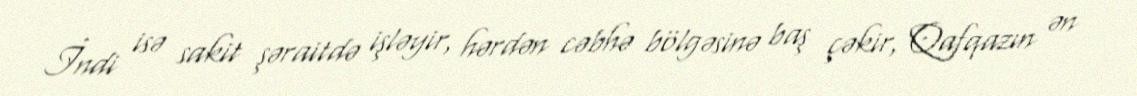
İndi isə sakit şəraitdə işləyir, hərdən cəbhə bölgəsinə baş çəkir, Qafqazın ən